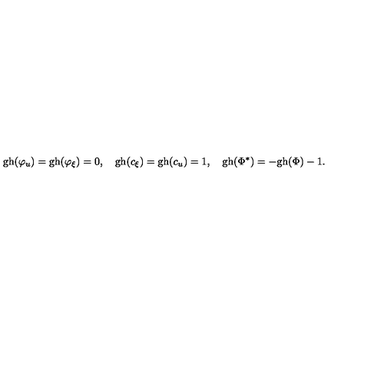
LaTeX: \mathrm { g h } ( \varphi _ { u } ) = \mathrm { g h } ( \varphi _ { \xi } ) = 0 , \quad \mathrm { g h } ( c _ { \xi } ) = \mathrm { g h } ( c _ { u } ) = 1 , \quad \mathrm { g h } ( \Phi ^ { * } ) = - \mathrm { g h } ( \Phi ) - 1 .